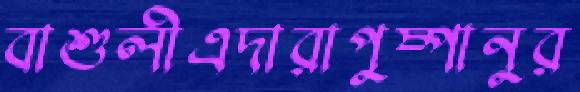
বাশুলীএদারাপুষ্পানুর